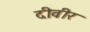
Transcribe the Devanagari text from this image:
दीवीर